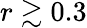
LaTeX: r\gtrsim 0.3